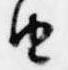
由